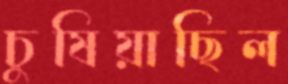
চুষিয়াছিল